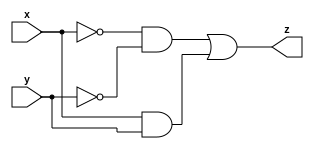
`timescale 1ns / 1ps
module comparator(
    input x,
    input y,
    output z
    );
 
assign z = (~x & ~y) | (x & y);
 
endmodule